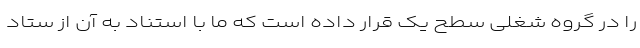
را در گروه شغلی سطح یک قرار داده است که ما با استناد به آن از ستاد